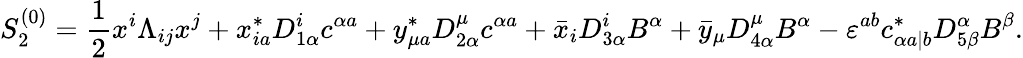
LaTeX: S_{2}^{(0)}={\frac{1}{2}}x^{i}\Lambda_{ij}x^{j}+x_{ia}^{*}D_{1\alpha}^{i}c^{\alpha a}+y_{\mu a}^{*}D_{2\alpha}^{\mu}c^{\alpha a}+\bar{x}_{i}D_{3\alpha}^{i}B^{\alpha}+\bar{y}_{\mu}D_{4\alpha}^{\mu}B^{\alpha}-\varepsilon^{ab}c_{\alpha a|b}^{*}D_{5\beta}^{\alpha}B^{\beta}.